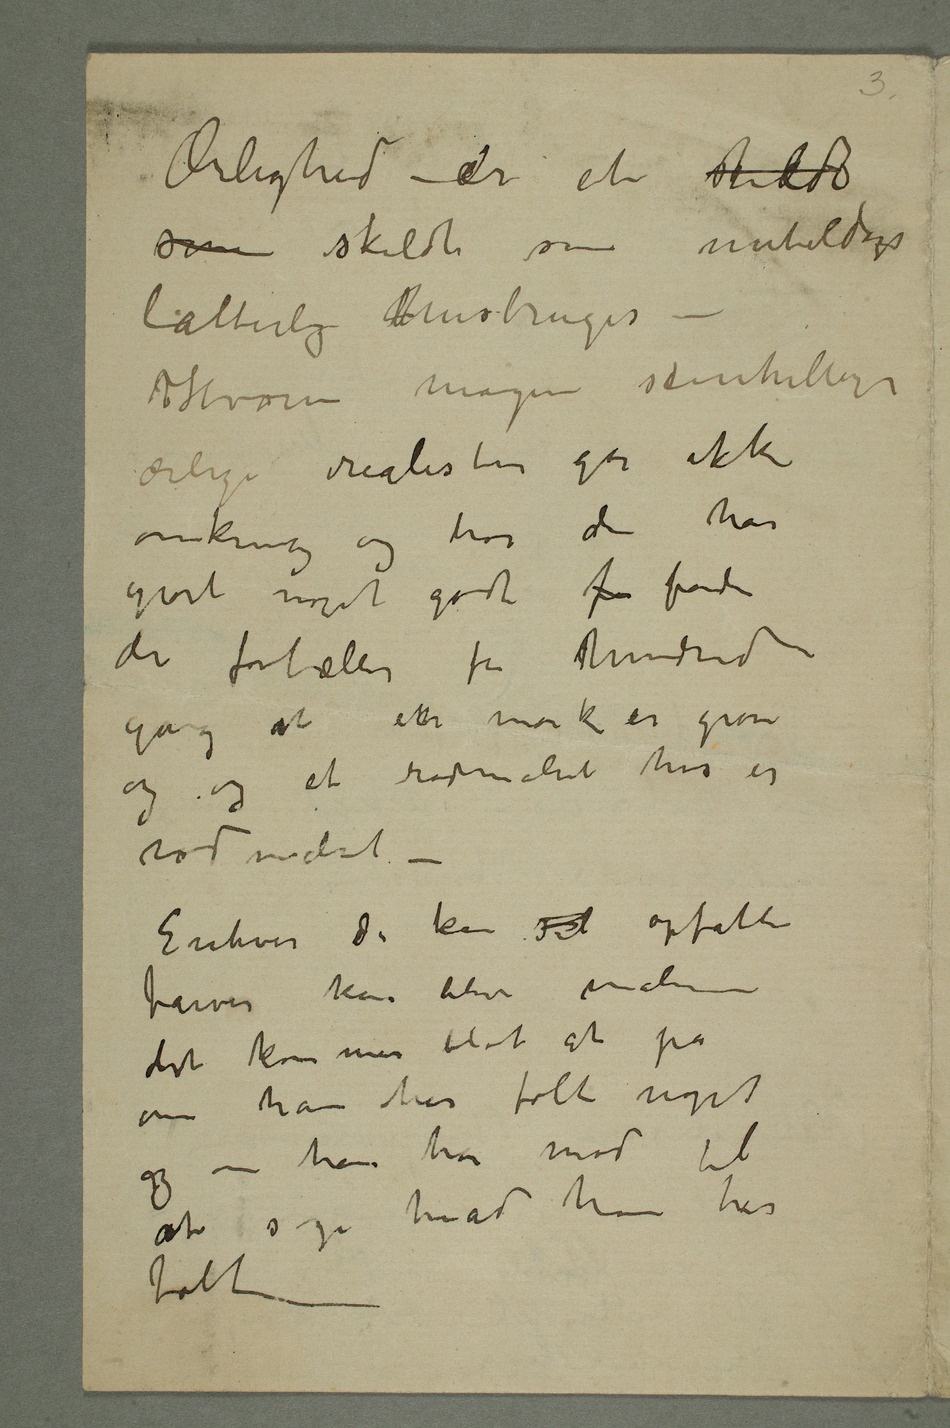
Ærlighed er et skildt
som skildt som nutildags
latterlig misbruges –
Hvor mange skinhellige
omkring og tror de har
gjort noget godt fr fordi
de fortæller for hundrede
gang at etn mark er grøn og
et rødmalet hus er
rødmalet
– Enhver der kan sel opfatte
farver kan blive maler
det kommer blot at på om
han har følt noget
og om han har mod til at
sige hvad han har
følt –